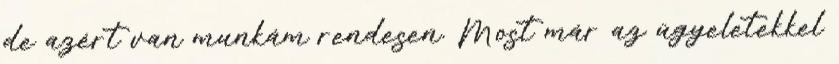
de azért van munkám rendesen. Most már az ügyeletekkel